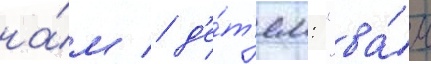
на́м / д'е́т'ям: "ва́м